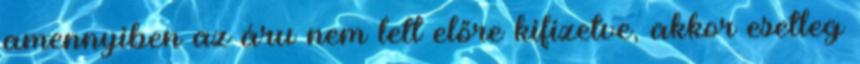
amennyiben az áru nem lett előre kifizetve, akkor esetleg